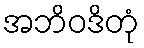
အဘိဝဒိတုံ